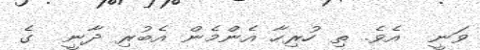
ވަނީ  އެވެ. ތި ހުރިހާ އެންމެން އެބުރި ދާނީ  ގެ